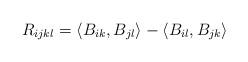
LaTeX: \begin{align*} R_{ijkl} = \langle B_{ik},B_{jl} \rangle - \langle B_{il},B_{jk} \rangle\end{align*}